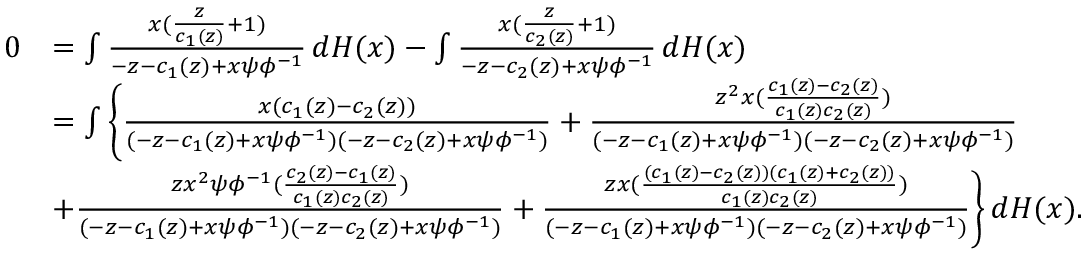
\begin{array} { r l } { 0 } & { = \int \frac { x ( \frac { z } { c _ { 1 } ( z ) } + 1 ) } { - z - c _ { 1 } ( z ) + x \psi \phi ^ { - 1 } } \, d H ( x ) - \int \frac { x ( \frac { z } { c _ { 2 } ( z ) } + 1 ) } { - z - c _ { 2 } ( z ) + x \psi \phi ^ { - 1 } } \, d H ( x ) } \\ & { = \int \Bigg \{ \frac { x ( c _ { 1 } ( z ) - c _ { 2 } ( z ) ) } { ( - z - c _ { 1 } ( z ) + x \psi \phi ^ { - 1 } ) ( - z - c _ { 2 } ( z ) + x \psi \phi ^ { - 1 } ) } + \frac { z ^ { 2 } x ( \frac { c _ { 1 } ( z ) - c _ { 2 } ( z ) } { c _ { 1 } ( z ) c _ { 2 } ( z ) } ) } { ( - z - c _ { 1 } ( z ) + x \psi \phi ^ { - 1 } ) ( - z - c _ { 2 } ( z ) + x \psi \phi ^ { - 1 } ) } } \\ & { + \frac { z x ^ { 2 } \psi \phi ^ { - 1 } ( \frac { c _ { 2 } ( z ) - c _ { 1 } ( z ) } { c _ { 1 } ( z ) c _ { 2 } ( z ) } ) } { ( - z - c _ { 1 } ( z ) + x \psi \phi ^ { - 1 } ) ( - z - c _ { 2 } ( z ) + x \psi \phi ^ { - 1 } ) } + \frac { z x ( \frac { ( c _ { 1 } ( z ) - c _ { 2 } ( z ) ) ( c _ { 1 } ( z ) + c _ { 2 } ( z ) ) } { c _ { 1 } ( z ) c _ { 2 } ( z ) } ) } { ( - z - c _ { 1 } ( z ) + x \psi \phi ^ { - 1 } ) ( - z - c _ { 2 } ( z ) + x \psi \phi ^ { - 1 } ) } \Bigg \} \, d H ( x ) . } \end{array}